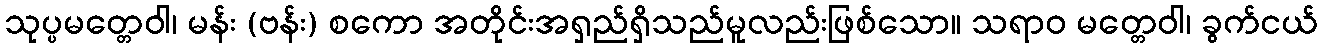
သုပ္ပမတ္တေဝါ၊ မန်း (ဗန်း) စကော အတိုင်းအရှည်ရှိသည်မူလည်းဖြစ်သော။ သရာဝ မတ္တေဝါ၊ ခွက်ငယ်